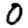
Digit: 0